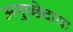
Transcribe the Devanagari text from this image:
अनुच्छेदाचा